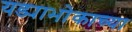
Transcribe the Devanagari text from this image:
यड्याभोकाच्या